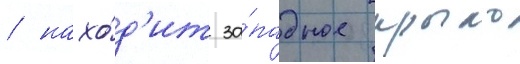
/ нахо́д'ит за́падное крыло